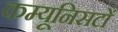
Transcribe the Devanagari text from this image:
कम्यूनिसटों